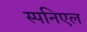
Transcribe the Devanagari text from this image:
स्पनिएल